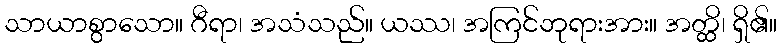
သာယာစွာသော။ ဂီရာ၊ အသံသည်။ ယဿ၊ အကြင်ဘုရားအား။ အတ္ထိ၊ ရှိ၏။